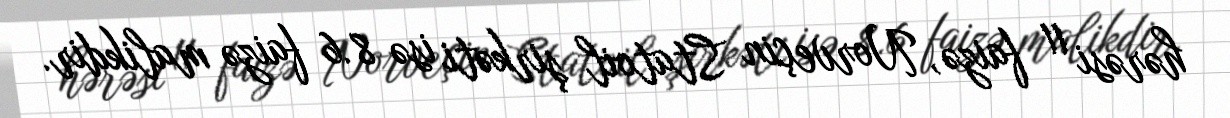
hərəsi 11 faizə, Norveçin Statoil şirkəti isə 8.6 faizə malikdir.